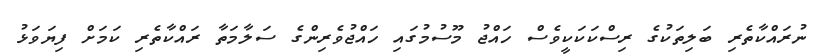
ނުރައްކާތެރި ބަލިތަކުގެ ރިސްކަކަކީވެސް ހައްޖު މޫސުމުގައި ހައްޖުވެރިންގެ ސަލާމަތާ ރައްކާތެރި ކަމަށް ފިޔަވަޅު